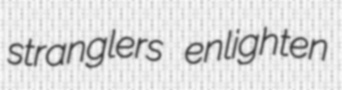
stranglers enlighten